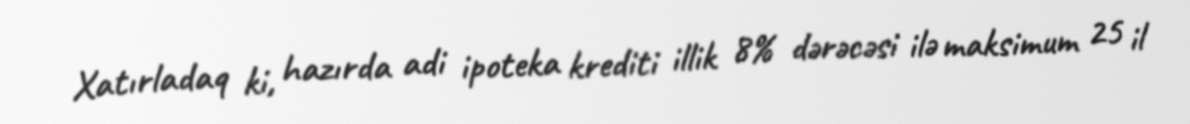
Xatırladaq ki, hazırda adi ipoteka krediti illik 8% dərəcəsi ilə maksimum 25 il